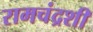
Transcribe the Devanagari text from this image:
रामचंद्रशी